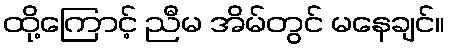
ထို့ကြောင့် ညီမ အိမ်တွင် မနေချင်။